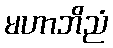
မဟာဘိညံ